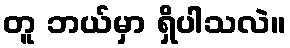
တူ ဘယ်မှာ ရှိပါသလဲ။